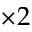
\times 2